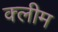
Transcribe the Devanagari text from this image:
क्लीम